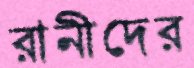
রানীদের